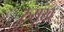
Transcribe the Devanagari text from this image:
रुसूख